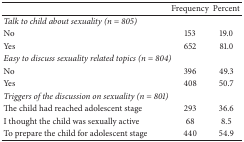
<table><thead><tr><td><b> </b></td><td><b>Frequency</b></td><td><b>Percent</b></td></tr></thead><tbody><tr><td><i>Talk to child about sexuality (n = 805)</i></td><td> </td><td> </td></tr><tr><td>No</td><td>153</td><td>19.0</td></tr><tr><td>Yes</td><td>652</td><td>81.0</td></tr><tr><td><i>Easy to discuss sexuality related topics (n = 804)</i></td><td> </td><td> </td></tr><tr><td>No</td><td>396</td><td>49.3</td></tr><tr><td>Yes</td><td>408</td><td>50.7</td></tr><tr><td><i>Triggers of the discussion on sexuality (n = 801)</i></td><td> </td><td> </td></tr><tr><td>The child had reached adolescent stage</td><td>293</td><td>36.6</td></tr><tr><td>I thought the child was sexually active</td><td>68</td><td>8.5</td></tr><tr><td>To prepare the child for adolescent stage</td><td>440</td><td>54.9</td></tr></tbody></table>